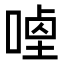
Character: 𭉣